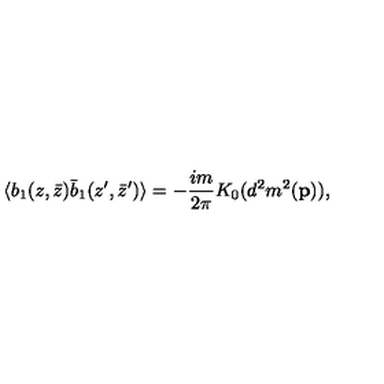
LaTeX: \langle b _ { 1 } ( z , \bar { z } ) \bar { b } _ { 1 } ( z ^ { \prime } , \bar { z } ^ { \prime } ) \rangle = - { \frac { i m } { 2 \pi } } K _ { 0 } ( d ^ { 2 } m ^ { 2 } ( { \bf p } ) ) ,